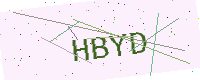
Text: HBYD